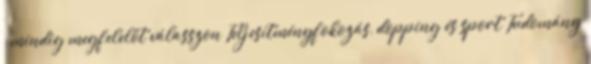
– mindig megfelelőt válasszon Teljesítményfokozás, dopping és sport Tudomány